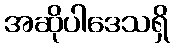
အဆိုပါဒေသရှိ